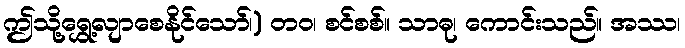
ဤသို့ရွှေ့လျာစေနိုင်သော်၊) တဝ၊ စင်စစ်။ သာဓု၊ ကောင်းသည်။ အဿ၊